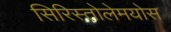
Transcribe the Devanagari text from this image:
सिरिस्तोलेमयोस